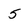
Character: 5